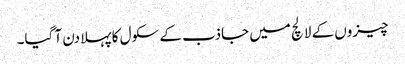
چیزوں کے لالچ میں جاذب کے سکول کا پہلا دن آ گیا۔